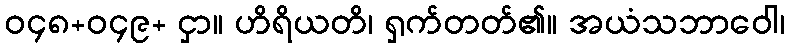
ဝ၄၈+ဝ၄၉+ ငှာ။ ဟိရိယတိ၊ ရှက်တတ်၏။ အယံသဘာဝေါ၊